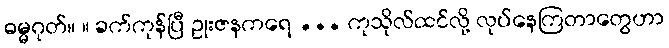
ဓမ္မဂုတ်။ ။ ခက်ကုန်ပြီ ဥုးဇနကရေ ... ကုသိုလ်ထင်လို့ လုပ်နေကြတာတွေဟာ